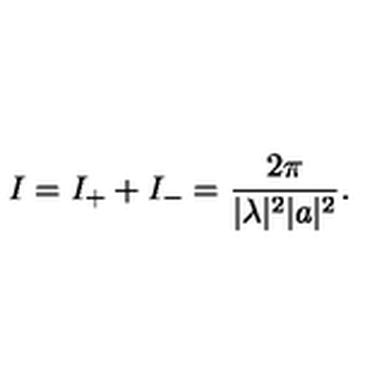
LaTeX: I = I _ { + } + I _ { - } = \frac { 2 \pi } { \vert \lambda \vert ^ { 2 } \vert a \vert ^ { 2 } } .